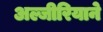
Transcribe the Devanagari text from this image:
अल्जीरियाने